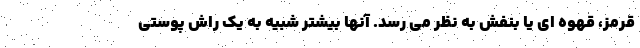
قرمز، قهوه ای یا بنفش به نظر می رسد. آنها بیشتر شبیه به یک راش پوستی